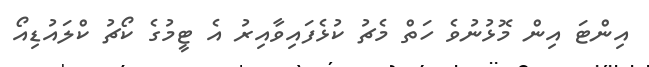
އިންޓަ އިން މޮޅުނުވެ ހަތް މެޗު ކުޅެފައިވާއިރު އެ ޓީމުގެ ކޯޗު ކްލައުޑިއޯ